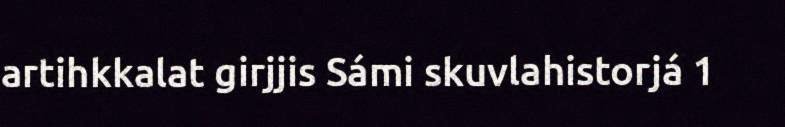
artihkkalat girjjis Sámi skuvlahistorjá 1